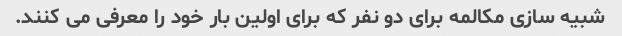
شبیه سازی مکالمه برای دو نفر که برای اولین بار خود را معرفی می کنند.